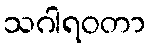
သဂါရဝတာ